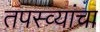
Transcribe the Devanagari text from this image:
तपस्व्यांचा